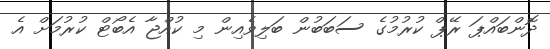
ދޮންބައްޕަ ރޭޕް ކުރުމުގެ ސަބަބުން ބަލިވެއިން މި ކުއްޖާ އެބޯޓް ކުރުމަށް އެ